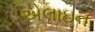
એલાઇન